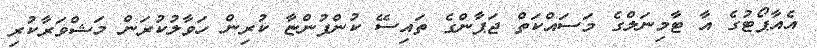
އެއާޕޯޓުގެ އާ ޓާމިނަލްގެ މަސައްކަތް ޖަޕާންގެ ތައިސޭ ކުންފުންޏާ ކުރިން ހަވާލުކުރަން މަޝްވަރާކުރި